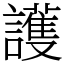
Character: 護